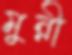
মুন্নী